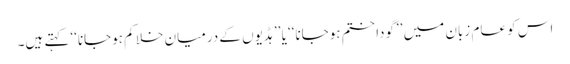
اس کو عام زبان میں ’’گودا ختم ہوجانا‘‘ یا ’’ہڈیوں کے درمیان خلا کم ہوجانا‘‘ کہتے ہیں۔